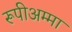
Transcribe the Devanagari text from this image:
रूपीअम्मा